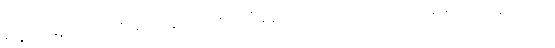
ရှေ့ပြေးနေတဲ့ လက်ရှိအလုပ်နှင့် အာဏာရပြီးနောက်ပိုင်း ဘယ်ကျော့်ကို ချိုးဖောက်ဝင်ရောက်ကာ